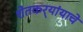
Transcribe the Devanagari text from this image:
शेतकर्‍यांयाचे